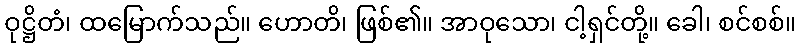
ဝုဋ္ဌိတံ၊ ထမြောက်သည်။ ဟောတိ၊ ဖြစ်၏။ အာဝုသော၊ ငါ့ရှင်တို့။ ခေါ၊ စင်စစ်။